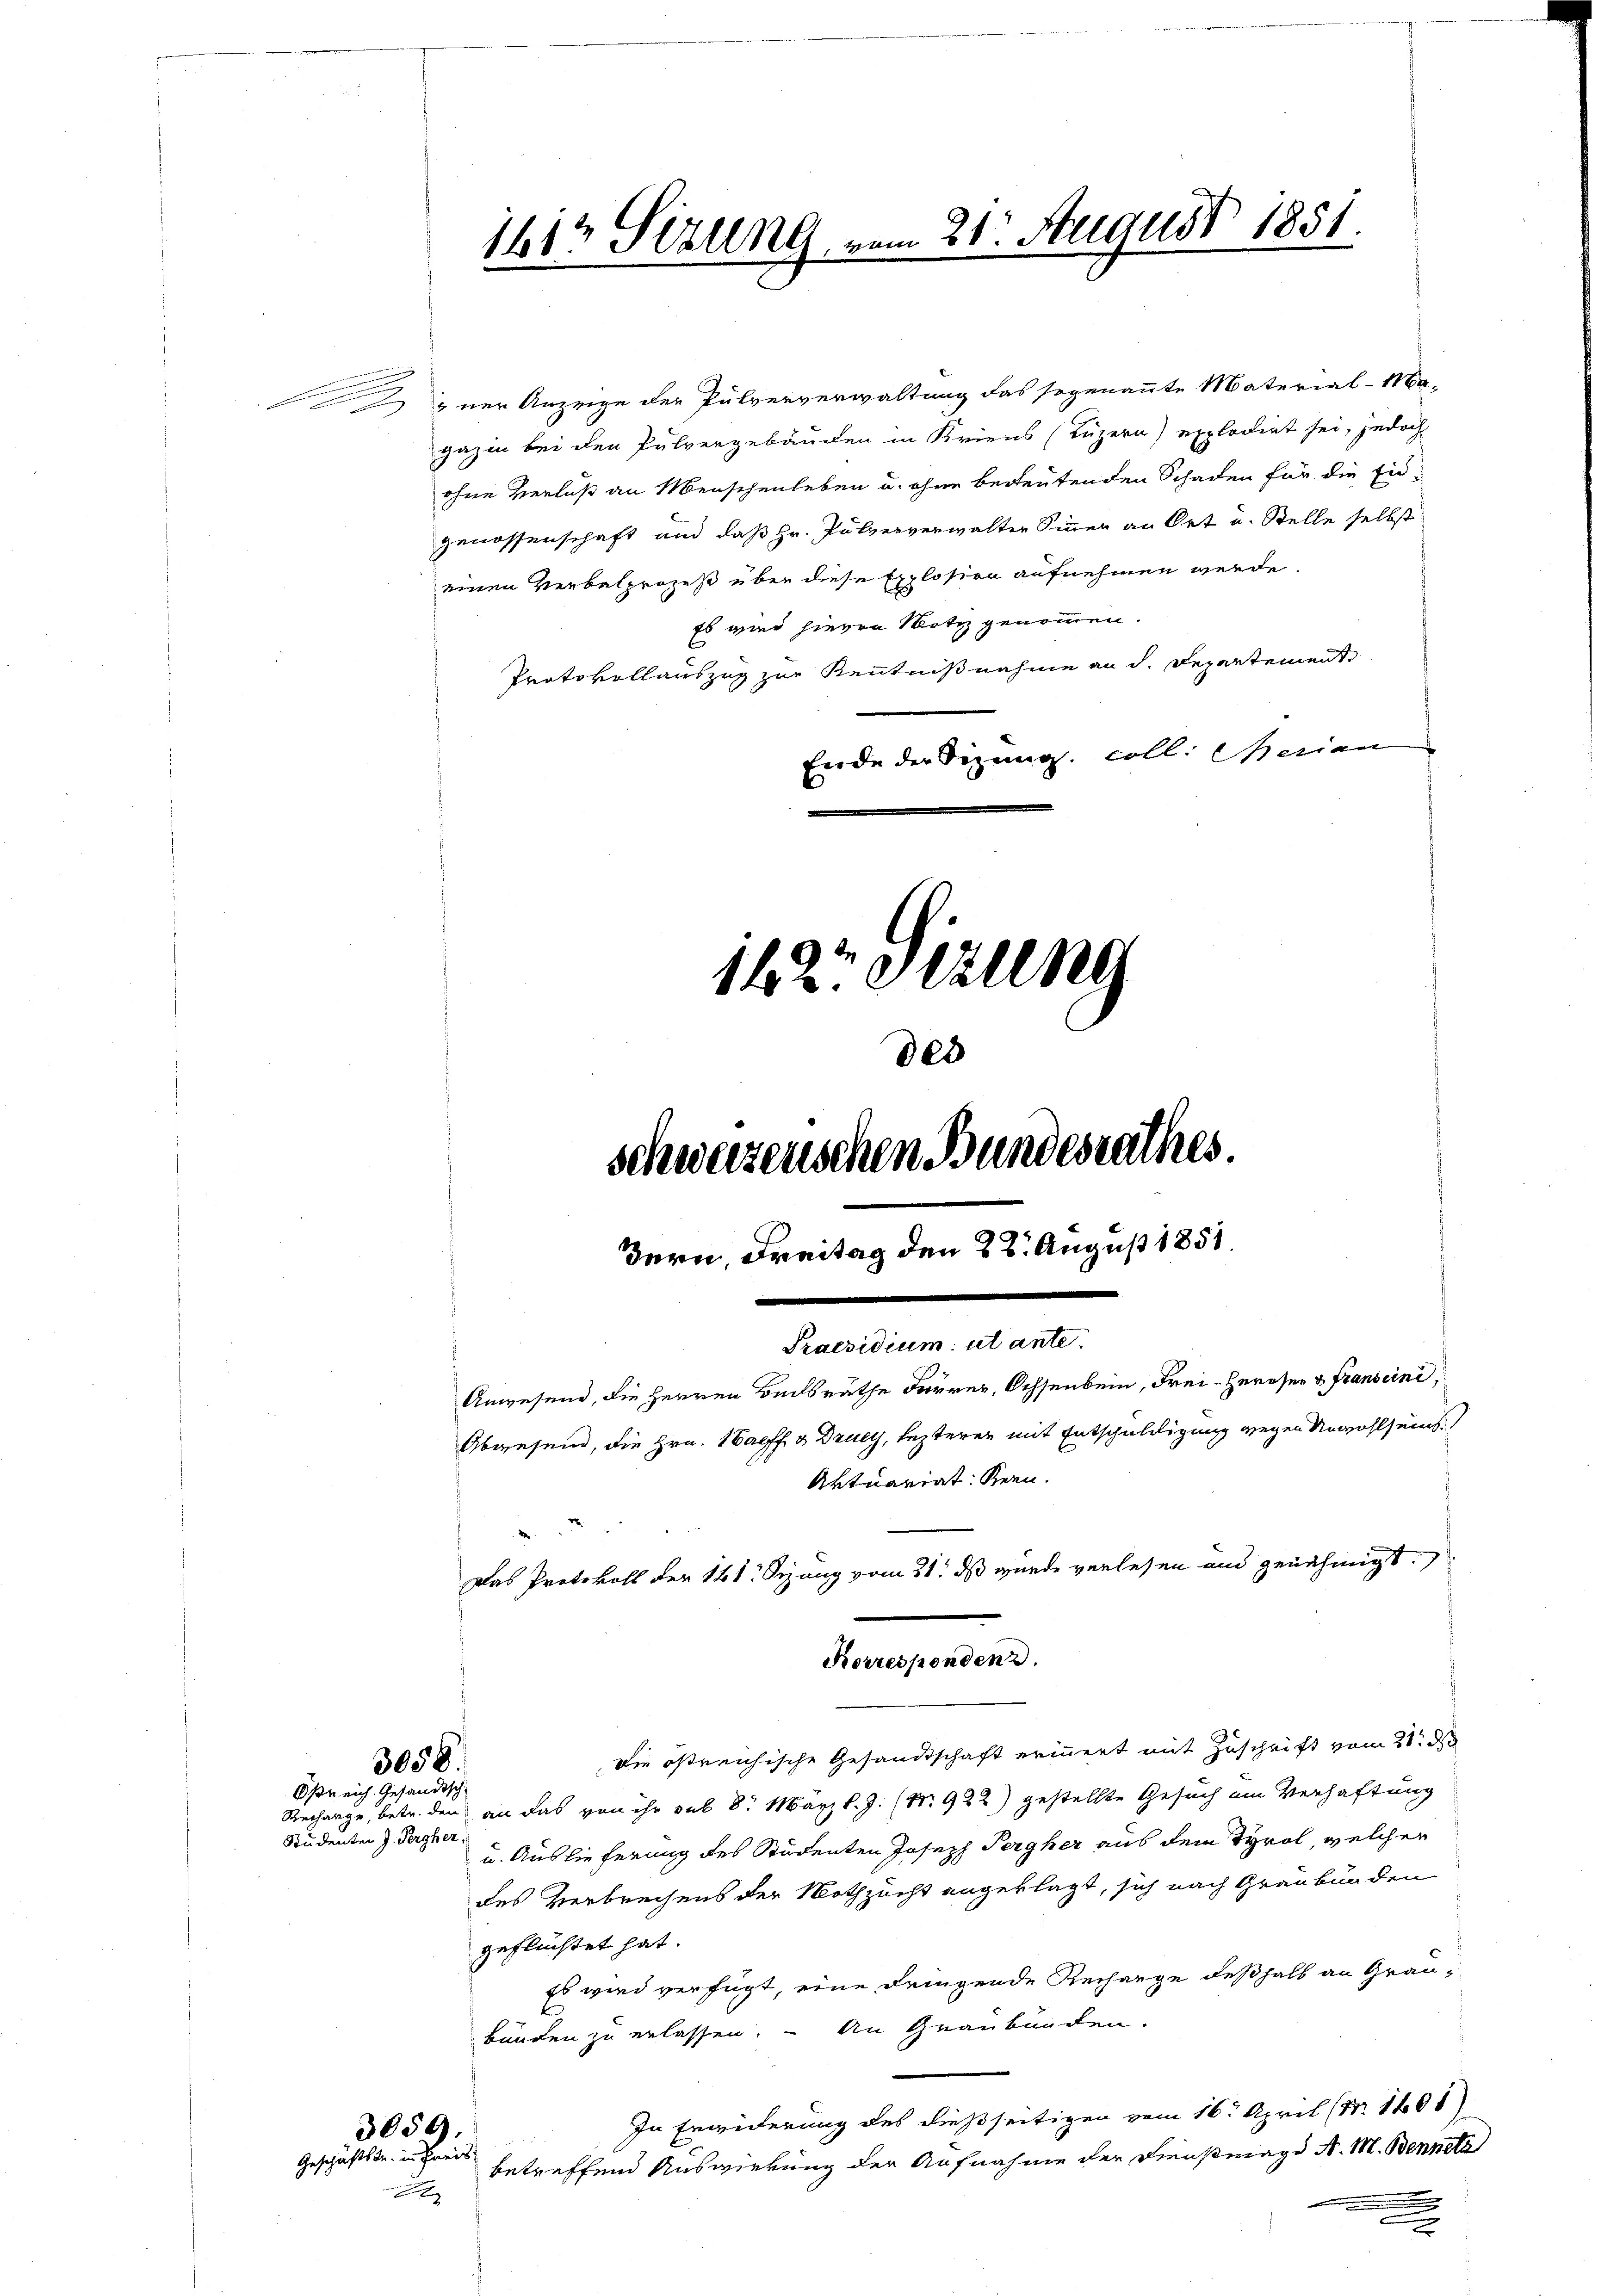
3058.

Oßreich. Gesandtsch
Studenten J. Percher,

1612 Sizlena vom 21. August 1851

zner Anzeige der Pulververwaltung das sogenannte Material-Ma-
gazin bei den Pulvergebäuden in Kriens (Luzern) explodirt sei, jedoch
ohne Verluß an Menschenleben u. ohne bereutenden Schaden für die Eidgenossenschaft und daß Hr. Pulververwalter Sinnen an Ort u. Stelle selbst
einen Verbalprozeß über diese Explosion aufnehmen werde.
Es wird hievon Notiz genommen.
Protokollauszug zur Kenntnißnahme an d. Departement
Ende der Sizung. coll. Merian
122 Stun
des

schweizenschen Bundesrathes.
Bern, Freitag den 22. August 1851
.
Praesidium ut ante.
Anwesend, die Herren Badsrathe derrer, Ochsenbein, Frei- Herosen & Franseine,
Abwesend, die Hrn. Maeff & Drucy, lezterer mit Entschuldigung wegen Unwohlseins
Aktuariat Kern.
Das Protokoll der 141. Sizung vom 21. ds wurde verlesen und genehmigt.

Korresponden.

die östreichische Gesandtschaft erinnert mit Zuschrift vom 21. d
Recharge, betr. den an das von ihr sul 8. März l. J. (N. 922) gestellte Gesuch im Verhaftung
u. Auslieferung des Studenten Joseph Pergher aus dem Tyrol, welcher
des Verbrechens der Nothzucht angeklagt, sich nach Graubünden
geflüchtet hat.
Es wird verfügt, eine dringende Rechange deßhalb an Graubunden zu erlassen. – An Graubünden.
In Erwiderung des dießseitigen vom 16. April (Nr. 1401)
3059.
Geschäftstr. in Preis
betreffend Auswirkung der Aufnahme der Dienstmagd A. M. Bennetz